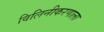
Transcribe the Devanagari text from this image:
विलिनीकरणाला